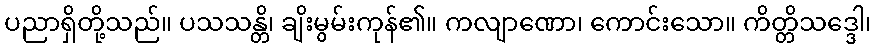
ပညာရှိတို့သည်။ ပသသန္တိ၊ ချိးမွမ်းကုန်၏။ ကလျာဏော၊ ကောင်းသော။ ကိတ္တိသဒ္ဒေါ၊